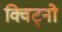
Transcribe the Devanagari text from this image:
क्विट्नो